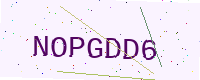
Text: NOPGDD6